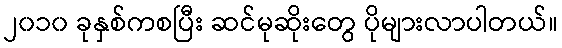
၂၀၁၀ ခုနှစ်ကစပြီး ဆင်မုဆိုးတွေ ပိုများလာပါတယ်။